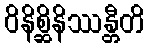
ဝိနိစ္ဆိနိဿန္တီတိ